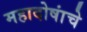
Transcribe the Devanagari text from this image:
महादोषांचे